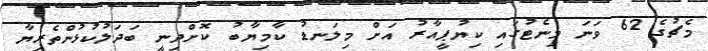
މެޗުގެ 62 ވަނަ މިނެޓުގައި ކިޔުޕީއާރު އަށް މިލަނޑު ކާމިޔާބު ކޮށްދިނީ ބަދަލުކުޅުންތެރިޔާ